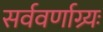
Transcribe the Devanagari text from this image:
सर्ववर्णाग्र्यः